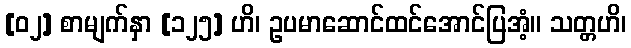
[၀၂] စာမျက်နှာ [၁၂၅] ဟိ၊ ဥပမာဆောင်ထင်အောင်ပြအံ့။ သတ္တဟိ၊